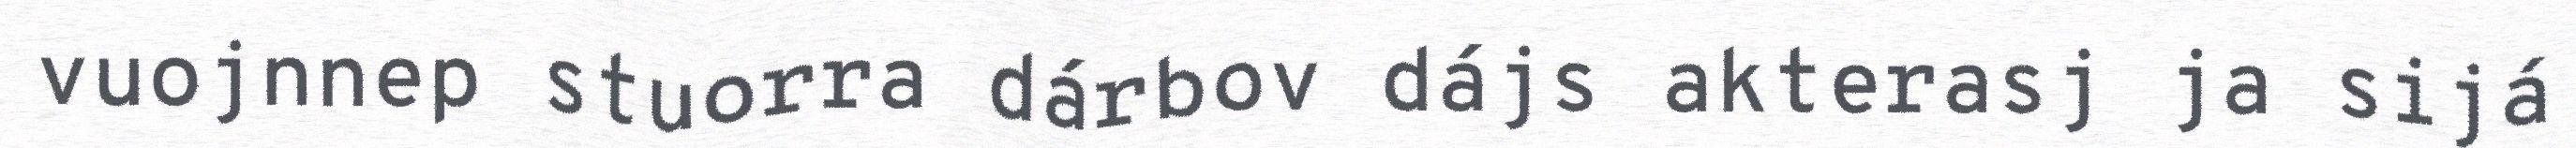
vuojnnep stuorra dárbov dájs akterasj ja sijá